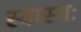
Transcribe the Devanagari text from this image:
स्वास्यः